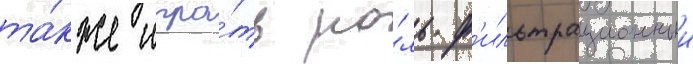
та́кже игра́ть ро́ль ф'ильтрационныи